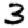
Digit: 3